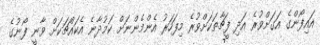
އައިފޯންގެ އަގަށްވުރެ އަދި ފީޗާތަކަށްވުރެ މިފަހަރު އެންމެންނަށް ކަމުދާނެ އެކައްޗަކަށް ވާނީ ފޯނުގެ